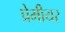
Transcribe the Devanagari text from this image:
प्रेमीयर